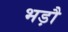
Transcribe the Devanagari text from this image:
भड़ौ